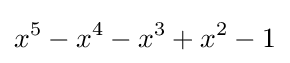
x^{5}-x^{4}-x^{3}+x^{2}-1